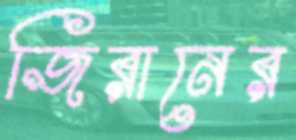
জিরানের